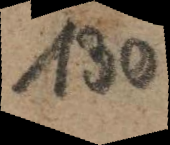
130